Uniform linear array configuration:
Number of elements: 24
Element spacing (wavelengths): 1
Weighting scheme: uniform
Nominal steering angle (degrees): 30
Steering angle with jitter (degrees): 31.52
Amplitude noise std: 0.05
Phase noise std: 0.05

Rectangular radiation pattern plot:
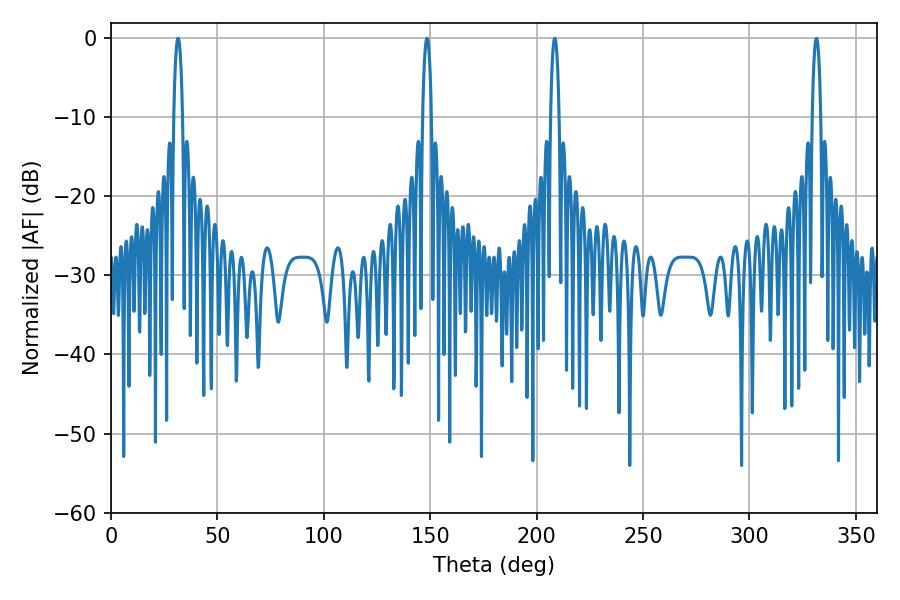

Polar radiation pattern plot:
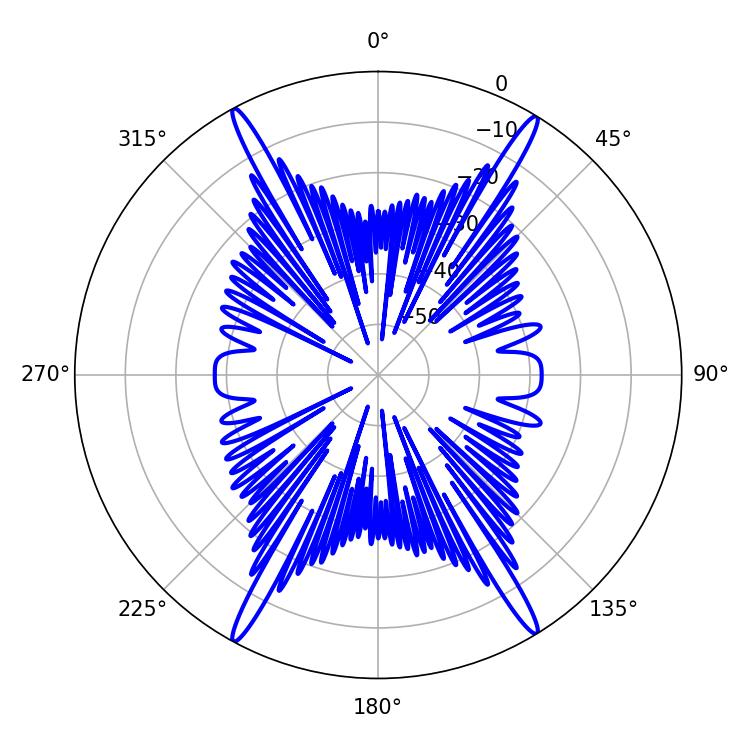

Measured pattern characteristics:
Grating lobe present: TRUE
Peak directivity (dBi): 25.741
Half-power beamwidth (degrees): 2.16
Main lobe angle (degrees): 31.5